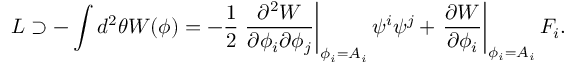
{ \cal L } \supset - \int d ^ { 2 } \theta W ( \phi ) = - \frac { 1 } { 2 } \left. \frac { \partial ^ { 2 } W } { \partial \phi _ { i } \partial \phi _ { j } } \right| _ { \phi _ { i } = A _ { i } } \psi ^ { i } \psi ^ { j } + \left. \frac { \partial W } { \partial \phi _ { i } } \right| _ { \phi _ { i } = A _ { i } } F _ { i } .